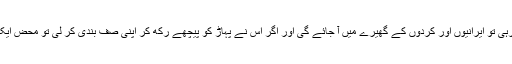
انھوں نے دیکھا کہ اگر فوج صحرا میں بیٹھی رہی تو ایرانیوں اور کردوں کے گھیرے میں آ جائے گی اور اگر اس نے پہاڑ کو پیچھے رکھ کر اپنی صف بندی کر لی تو محض ایک جانب سے ہونے والے حملے کو روکنا ہو گا۔